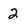
Character: 2